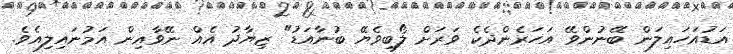
އަޑުއަހައިލަން ބޭނުންވޭ އަހަރެންދެކެ ވަރަށް ލޯބިވެޔޭ ބުނާއަޑު" ޒިޔާދު އެއް ނޭވާއިން އަމުނައިލިއެވެ.